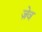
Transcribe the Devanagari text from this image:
ज़ेव